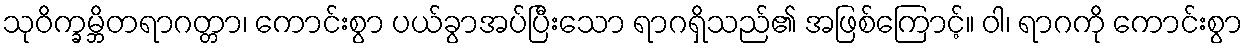
သုဝိက္ခမ္ဘိတရာဂတ္တာ၊ ကောင်းစွာ ပယ်ခွာအပ်ပြီးသော ရာဂရှိသည်၏ အဖြစ်ကြောင့်။ ဝါ၊ ရာဂကို ကောင်းစွာ